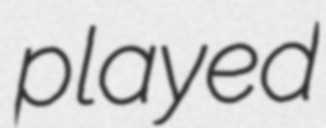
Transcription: played